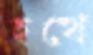
হত্থে